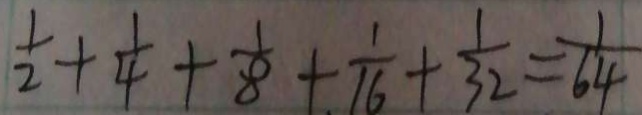
\frac { 1 } { 2 } + \frac { 1 } { 4 } + \frac { 1 } { 8 } + \frac { 1 } { 1 6 } + \frac { 1 } { 3 2 } = \frac { 1 } { 6 4 }